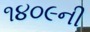
૧૪૦૯ની